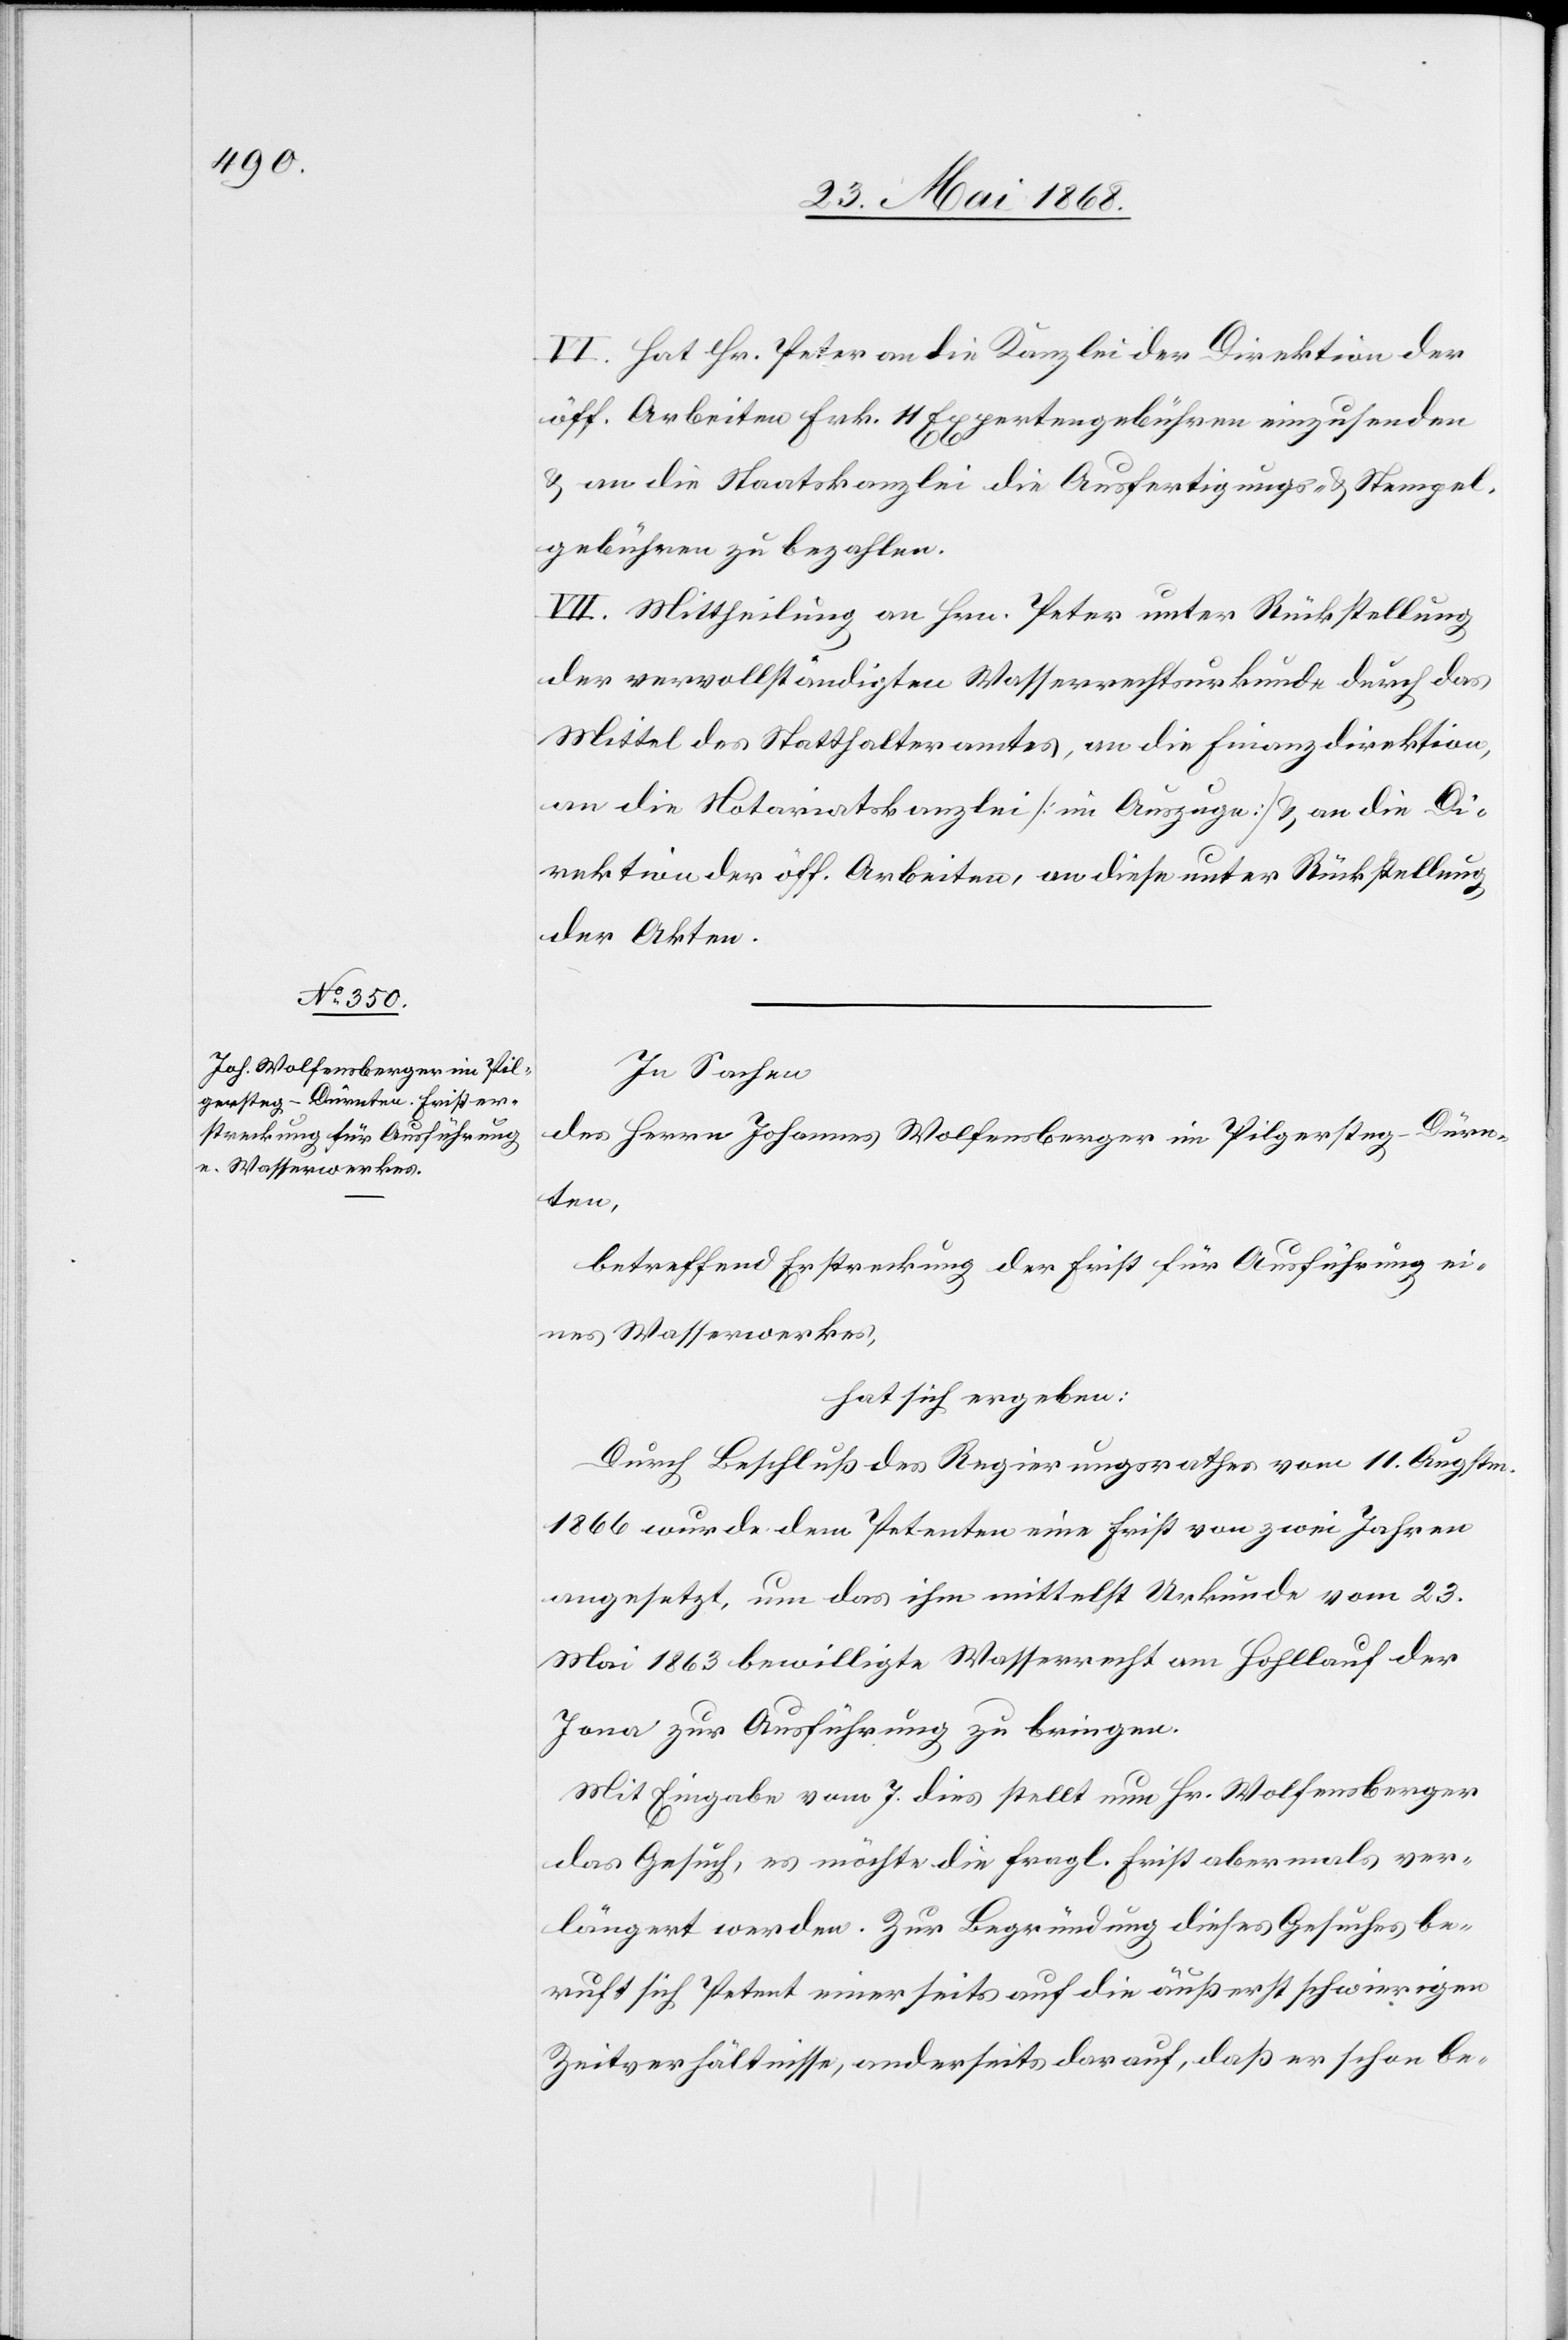
VI. Hat Hr. Peter an die Kanzlei der Direkton der
öff. Arbeiten Frk. 11 Expertengebühren einzusenden
& an die Staatskanzlei die Ausfertigungs- & Stempel¬
gebühren zu bezahlen.
VII. Mittheilung an Hrn. Peter unter Rückstellung
der vervollständigten Wasserrechtsurkunde durch das
Mittel des Statthalteramtes, an die Finanzdirektion,
an die Notariatskanzlei [im Auszuge] & an die Di¬
rektion der öff. Arbeiten, an diese unter Rückstellung
der Akten.
In Sachen
des Herrn Johannes Wolfensberger im Pilgersteg-Dürn¬
ten,
betreffend Erstreckung der Frist für Ausführung ei¬
nes Wasserwerkes,
hat sich ergeben:
Durch Beschluß des Regierungsrathes vom 11. Augstm.
1866 wurde dem Petenten eine Frist von zwei Jahren
angesetzt, um das ihm mittelst Urkunde vom 23.
Mai 1863 bewilligte Wasserrecht am Hohllauf der
Jona zur Ausführung zu bringen.
Mit Eingabe vom 7. dies stellt nun Hr. Wolfensberger
das Gesuch, es möchte die fragl. Frist abermals ver¬
längert werden. Zur Begründung dieses Gesuches be¬
ruft sich Petent einerseits auf die äußerst schwierigen
Zeitverhältnisse, anderseits darauf, daß er schon be-